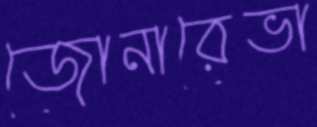
জোনারেভা